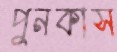
পুনকাস